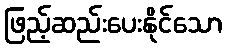
ဖြည့်ဆည်းပေးနိုင်သော